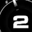
Digit: 2